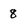
Character: 8